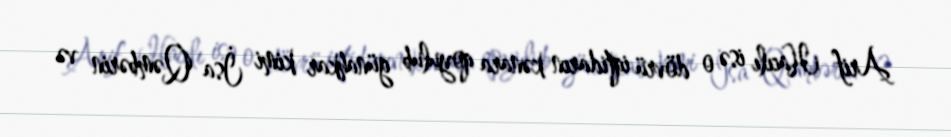
Arif Hacılı isə o dövrü iqtidarın kənara qoyulub günahkar kimi İsa Qəmbərin və